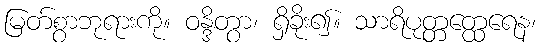
မြတ်စွာဘုရားကို။ ဝန္ဒိတွာ၊ ရှိခိုး၍။ သာရိပုတ္တတ္ထေရေန၊